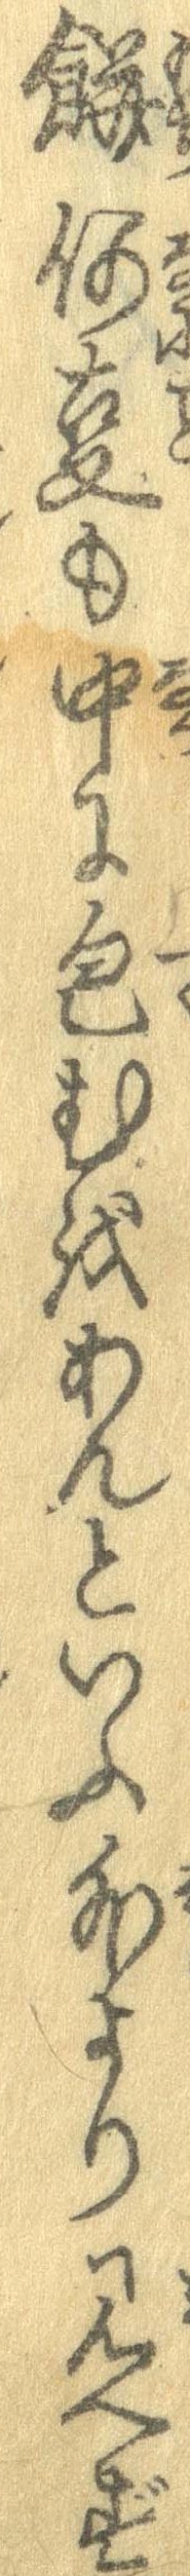
餅何事も中に包むをあんといふ外より見へず